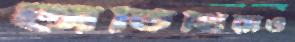
অতিথিরাও